Indian journal of veterinary science and animal husbandry - Volume 11,
Year: 1941
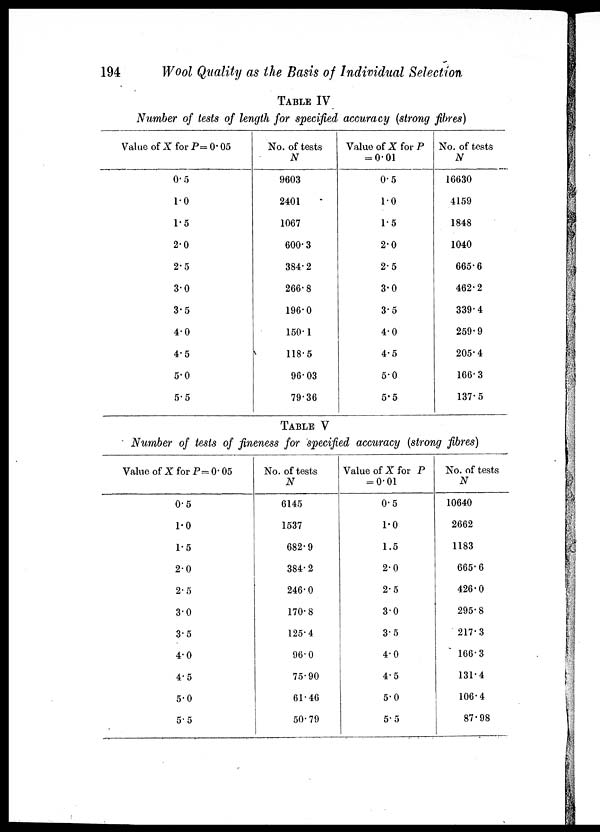
194
Wool Quality as the Basis of Individual Selection
TABLE IV
Number of tests of length for specified accuracy (strong fibres)
Value of X for P= 0.05
0.5
10
1.5
2.0
2.5
3.0
3.5
4.0
4.5
5.0
5.5
No. of tests
N
9603
2401
1067
600.3
384.2
266.8
196.0
150.1
118.5
96.03
79.36
Value of X for P
= 0.01
0.5
1.0
1.5
2.0
2.5
3.0
3.5
4.0
4.5
5.0
5.5
No. of tests
N
16630
4159
1848
1040
665.6
462.2
339.4
259.9
205.4
166.3
137.5
TABLE V
Number of tests of fineness for specified accuracy (strong fibres)
Value of X for P= 0.05
0.5
1.0
1.5
2.0
2.5
3.0
3.5
4.0
4.5
5.0
5.5
No. of tests
N
6145
1537
682.9
384. 2
246.0
170.8
125.4
96.0
75.90
61.46
50.79
Value of X for P
= 0.01
0.5
1.0
1.5
2.0
2.5
3.0
3.5
4.0
4.5
5.0
5.5
No. of tests
N
10640
2662
1183
665.6
426.0
295.8
217.3
166.3
131.4
106.4
87.98